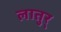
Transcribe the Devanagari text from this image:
लातुर्